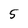
Character: 5